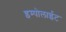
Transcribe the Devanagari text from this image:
इम्पोलाईट